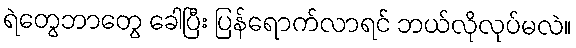
ရဲတွေဘာတွေ ခေါပြီး ပြန်ရောက်လာရင် ဘယ်လိုလုပ်မလဲ။